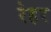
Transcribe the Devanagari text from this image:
रेहर